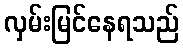
လှမ်းမြင်နေရသည်